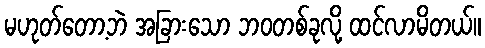
မဟုတ်တော့ဘဲ အခြားသော ဘဝတစ်ခုလို့ ထင်လာမိတယ်။